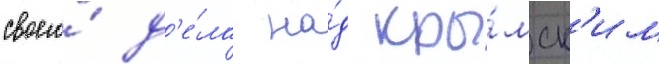
своего́ д'е́ла на́д кры́мск'им